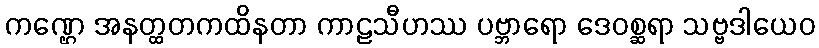
ကဏ္ဌေ အနတ္ထတကထိနတာ ကာဠသီဟဿ ပဗ္ဘာရော ဒေဝစ္ဆရာ သဗ္ဗဒါယေဝ